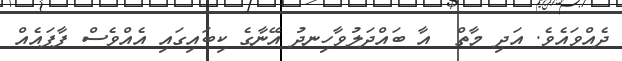
ދެއްވައެވެ. އަދި މާތް  އާ ބައްދަލުވާހިނދު އޭނާގެ ކިބައިގައި އެއްވެސް ފާފައެއް